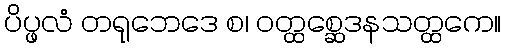
ပိပ္ဖလံ တရုဘေဒေ စ၊ ဝတ္ထစ္ဆေဒနသတ္ထကေ။